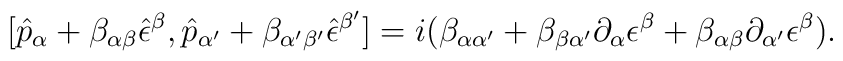
[\hat{p}_{\alpha}+  \beta_{\alpha \beta} \hat{\epsilon}^{\beta}, \hat{p}_{\alpha'}+ \beta_{\alpha' \beta'} \hat{\epsilon}^{\beta'} ] = i (\beta_{\alpha \alpha'}    + \beta_{\beta \alpha'} \partial_{\alpha} \epsilon^{\beta}      + \beta_{ \alpha \beta} \partial_{\alpha'} \epsilon^{\beta} ).